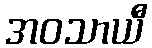
အဝသာယီ